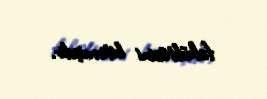
fakültəsini bitirmişdir.